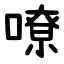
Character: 嘹